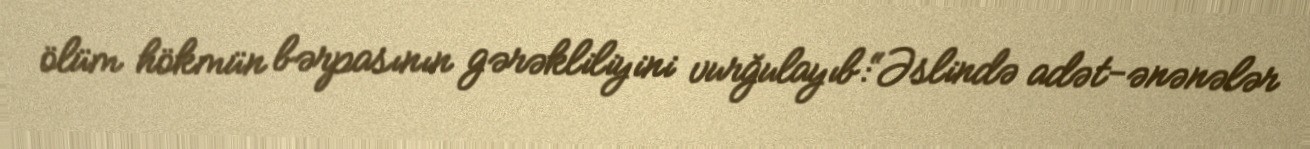
ölüm hökmün bərpasının gərəkliliyini vurğulayıb:“Əslində adət-ənənələr